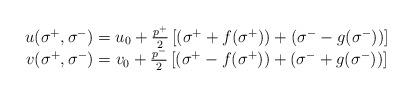
LaTeX: \begin{align*}\begin{array}{c}u(\sigma ^{+},\sigma ^{-})=u_0+\frac{p^{+}}2\left[ (\sigma ^{+}+f(\sigma ^{+}))+(\sigma ^{-}-g(\sigma^{-}))\right] \\ v(\sigma ^{+},\sigma ^{-})=v_0+\frac{p^{-}}2\left[ (\sigma^{+}-f(\sigma ^{+}))+(\sigma ^{-}+g(\sigma ^{-}))\right]\end{array}\end{align*}